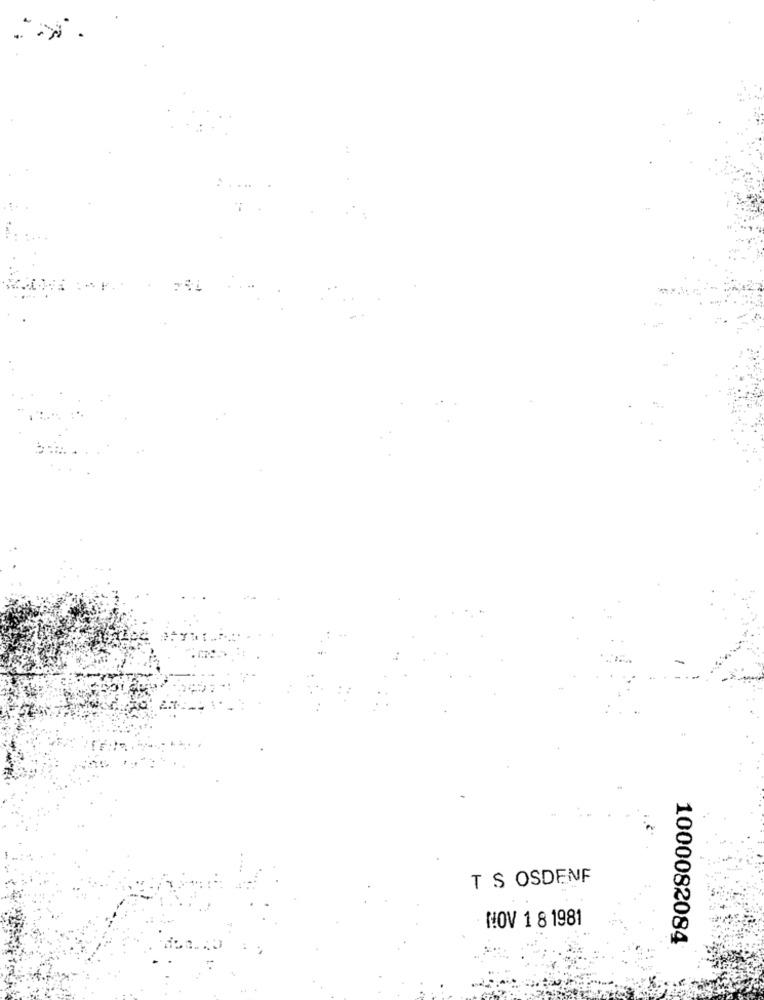
T S OSDENF
NOV 1 8 1981
1000082084